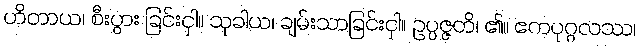
ဟိတာယ၊ စီးပွား ခြင်းငှါ။ သုခါယ၊ ချမ်းသာခြင်းငှါ။ ဥပ္ပဇ္ဇတိ၊ ၏။ ဧကပုဂ္ဂလဿ၊